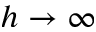
h \rightarrow \infty